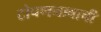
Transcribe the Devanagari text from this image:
टोपणनावाची